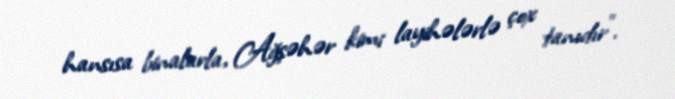
hansısa binalarla, Ağşəhər kimi layihələrlə çox tanıdır”.